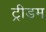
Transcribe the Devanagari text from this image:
ट्रीडम